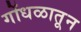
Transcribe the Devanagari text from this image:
गोंधळातून